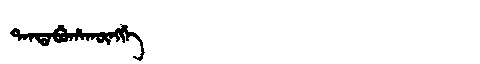
Manchu: ᡨᠠᠨᡨᠠᠪᡠᡥᠠᡴᡡᠩᡤᡝ
Romanization: TANTABUHAKŪNGGE